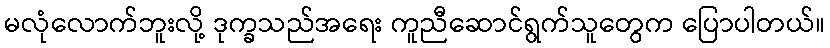
မလုံလောက်ဘူးလို့ ဒုက္ခသည်အရေး ကူညီဆောင်ရွက်သူတွေက ပြောပါတယ်။